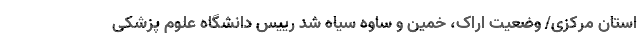
استان مرکزی/ وضعیت اراک، خمین و ساوه سیاه شد رییس دانشگاه علوم پزشکی